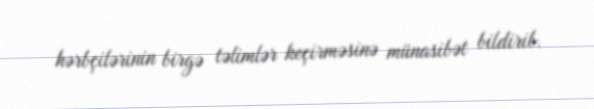
hərbçilərinin birgə təlimlər keçirməsinə münasibət bildirib.